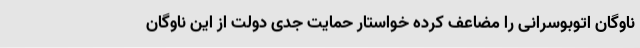
ناوگان اتوبوسرانی را مضاعف کرده خواستار حمایت جدی دولت از این ناوگان